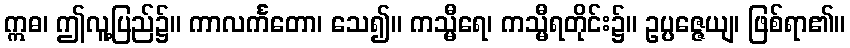
ဣဓ၊ ဤလူ့ပြည်၌။ ကာလင်္ကတော၊ သေ၍။ ကသ္မီရေ၊ ကသ္မီရတိုင်း၌။ ဥပ္ပဇ္ဇေယျ၊ ဖြစ်ရာ၏။